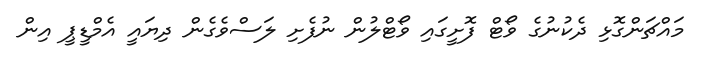
މައްޗަންގޮޅި ދެކުނުގެ ވޯޓް ފޮށީގައި ވޯޓްލުން ނުފެށި ލަސްވެގެން ދިޔައީ އެމްޑީޕީ އިން